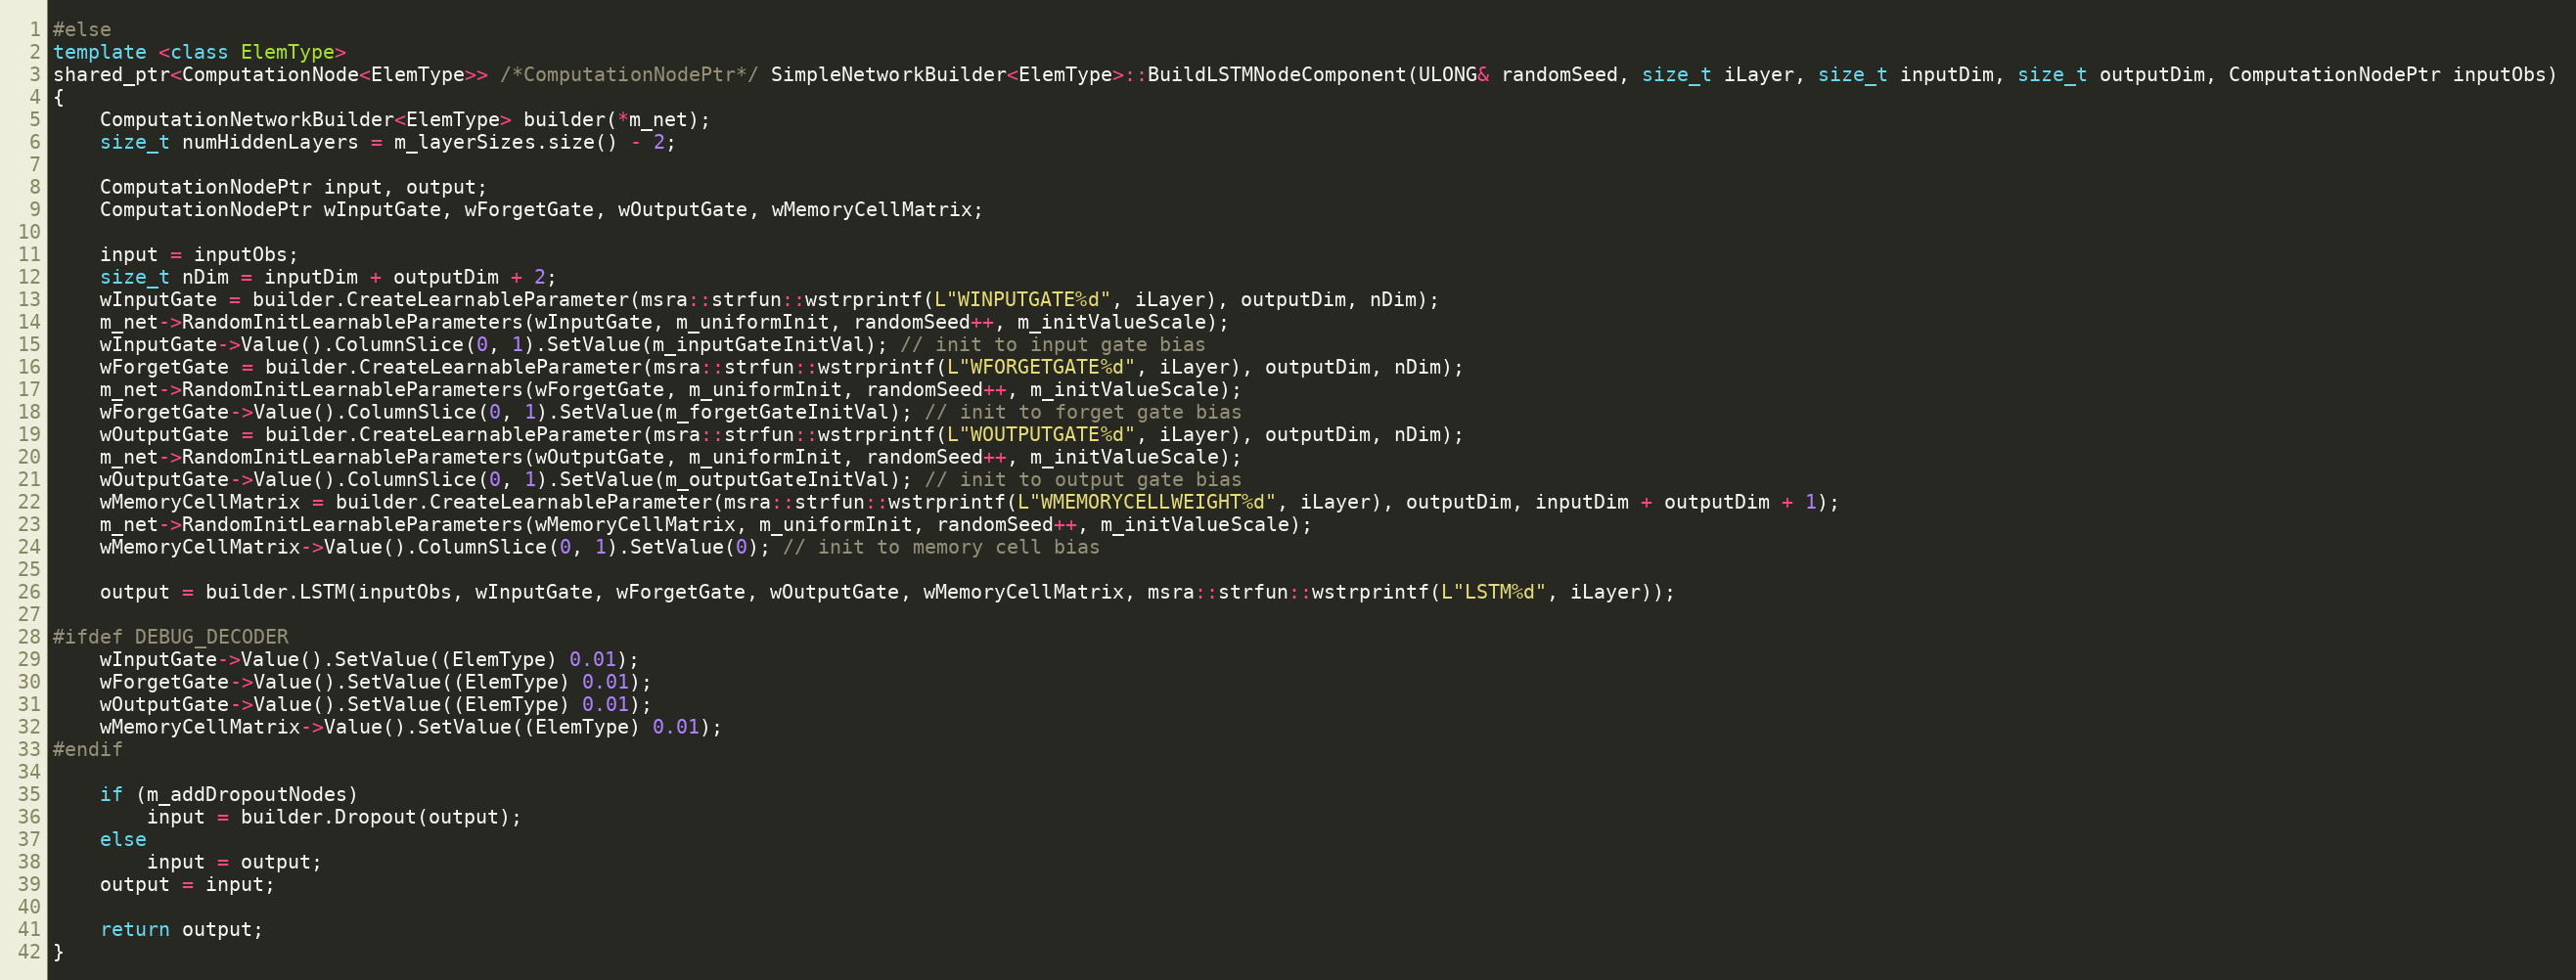
Language: C++
#else
template <class ElemType>
shared_ptr<ComputationNode<ElemType>> /*ComputationNodePtr*/ SimpleNetworkBuilder<ElemType>::BuildLSTMNodeComponent(ULONG& randomSeed, size_t iLayer, size_t inputDim, size_t outputDim, ComputationNodePtr inputObs)
{
    ComputationNetworkBuilder<ElemType> builder(*m_net);
    size_t numHiddenLayers = m_layerSizes.size() - 2;

    ComputationNodePtr input, output;
    ComputationNodePtr wInputGate, wForgetGate, wOutputGate, wMemoryCellMatrix;

    input = inputObs;
    size_t nDim = inputDim + outputDim + 2;
    wInputGate = builder.CreateLearnableParameter(msra::strfun::wstrprintf(L"WINPUTGATE%d", iLayer), outputDim, nDim);
    m_net->RandomInitLearnableParameters(wInputGate, m_uniformInit, randomSeed++, m_initValueScale);
    wInputGate->Value().ColumnSlice(0, 1).SetValue(m_inputGateInitVal); // init to input gate bias
    wForgetGate = builder.CreateLearnableParameter(msra::strfun::wstrprintf(L"WFORGETGATE%d", iLayer), outputDim, nDim);
    m_net->RandomInitLearnableParameters(wForgetGate, m_uniformInit, randomSeed++, m_initValueScale);
    wForgetGate->Value().ColumnSlice(0, 1).SetValue(m_forgetGateInitVal); // init to forget gate bias
    wOutputGate = builder.CreateLearnableParameter(msra::strfun::wstrprintf(L"WOUTPUTGATE%d", iLayer), outputDim, nDim);
    m_net->RandomInitLearnableParameters(wOutputGate, m_uniformInit, randomSeed++, m_initValueScale);
    wOutputGate->Value().ColumnSlice(0, 1).SetValue(m_outputGateInitVal); // init to output gate bias
    wMemoryCellMatrix = builder.CreateLearnableParameter(msra::strfun::wstrprintf(L"WMEMORYCELLWEIGHT%d", iLayer), outputDim, inputDim + outputDim + 1);
    m_net->RandomInitLearnableParameters(wMemoryCellMatrix, m_uniformInit, randomSeed++, m_initValueScale);
    wMemoryCellMatrix->Value().ColumnSlice(0, 1).SetValue(0); // init to memory cell bias

    output = builder.LSTM(inputObs, wInputGate, wForgetGate, wOutputGate, wMemoryCellMatrix, msra::strfun::wstrprintf(L"LSTM%d", iLayer));

#ifdef DEBUG_DECODER
    wInputGate->Value().SetValue((ElemType) 0.01);
    wForgetGate->Value().SetValue((ElemType) 0.01);
    wOutputGate->Value().SetValue((ElemType) 0.01);
    wMemoryCellMatrix->Value().SetValue((ElemType) 0.01);
#endif

    if (m_addDropoutNodes)
        input = builder.Dropout(output);
    else
        input = output;
    output = input;

    return output;
}